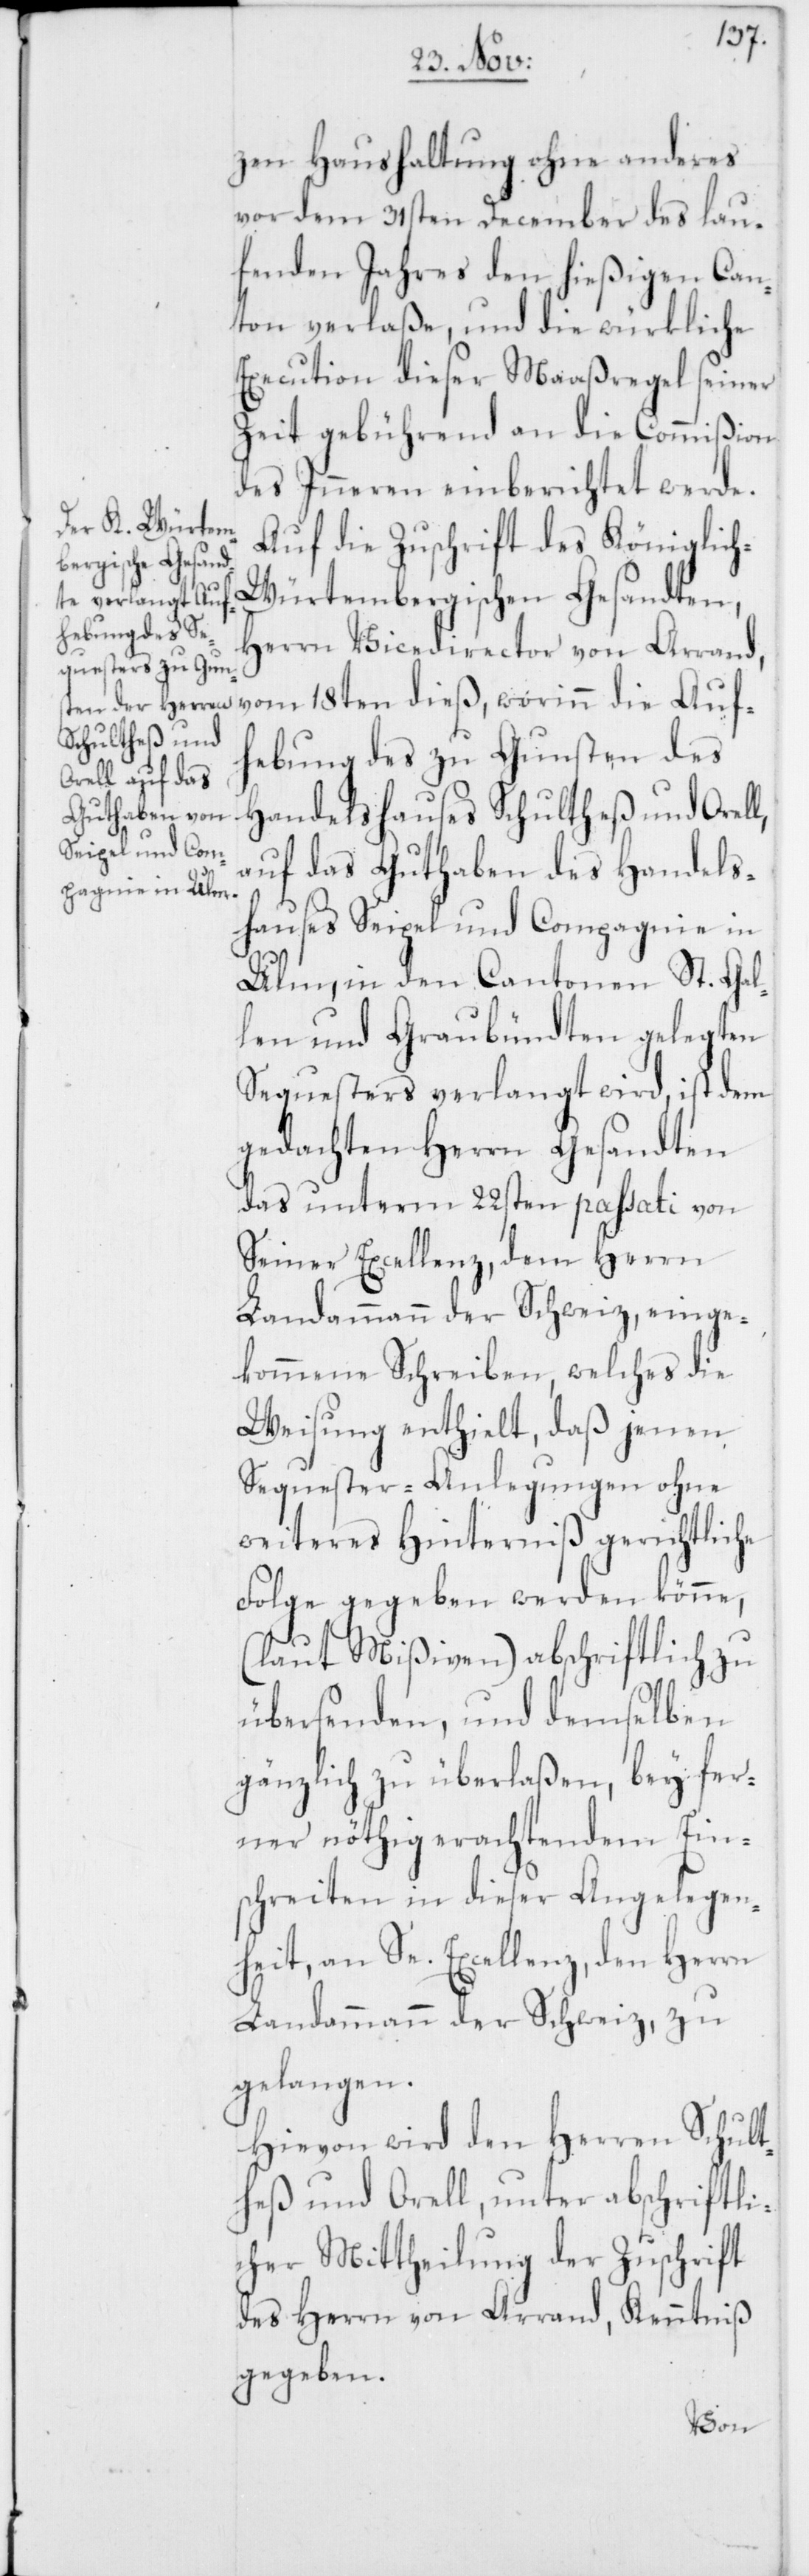
zen Haushaltung ohne anderes
vor dem 31sten December des lau¬
fenden Jahres den hießigen Can¬
ton verlaße, und die würkliche
Execution dieser Maaßregel seiner
Zeit gebührend an die Commißion
des Inneren einberichtet werde.
Auf die Zuschrift des Königlic¬
h-Würtembergischen Gesandten,
Herrn Vicedirector von Arrand,
vom 18ten dieß, worinn die Auf¬
hebung des zu Gunsten des
Handelshauses Schultheß und Orell,
auf das Guthaben des Handels¬
hauses Seipel und Compagnie in
Ulm, in den Cantonen St. Gal¬
len und Graubündten gelegten
Sequesters verlangt wird, ist dem
gedachten Herrn Gesandten
das unterm 22sten passati von
Seiner Excellenz, dem Herrn
Landammann der Schweiz, einge¬
kommene Schreiben, welches die
Weisung enthielt, daß jenen
Sequester-Anlegungen ohne
weiteres Hinderniß gerichtliche
Folge gegeben werden könne,
(laut Mißiven) abschriftlich zu
übersenden, und demselben
gänzlich zu überlaßen, bey fer¬
ner nöthig erachtendem Eins¬
chreiten in dieser Angelegen¬
heit, an Se. Excellenz, den Herrn
Landammann der Schweiz, zu
gelangen.
Hievon wird den Herren Schult¬
heß und Orell, unter abschriftli¬
cher Mittheilung der Zuschrift
des Herrn von Arrand, Kenntniß
gegeben.